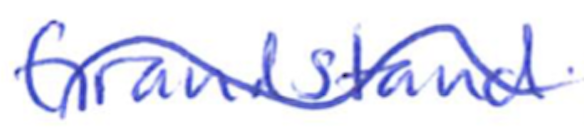
Text: Grandstand
Cross-out: wave
Writing tool: ballpoint